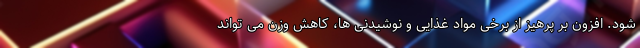
شود. افزون بر پرهیز از برخی مواد غذایی و نوشیدنی ها، کاهش وزن می تواند